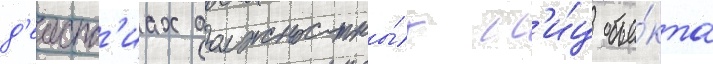
д'еиств'иах должностны́х л'и́ц объе́кта